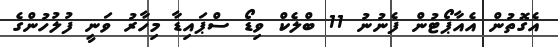
އެގޮތުން އެއާޕޯޓުން ފެނުނު 11 ބްލެކް ވިޑޯ ސްޕައިޑާ މިހާރު ވަނީ ފުލުހުންގެ